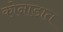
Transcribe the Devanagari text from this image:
कोनाडात